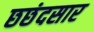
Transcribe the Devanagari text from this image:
छछंदसार